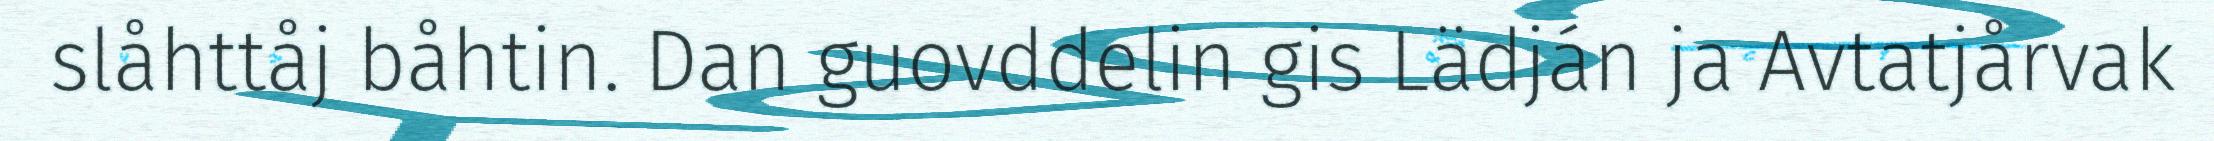
slåhttåj båhtin. Dan guovddelin gis Lädján ja Avtatjårvak